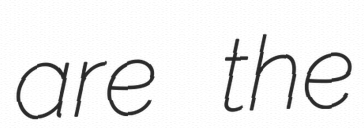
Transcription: are the